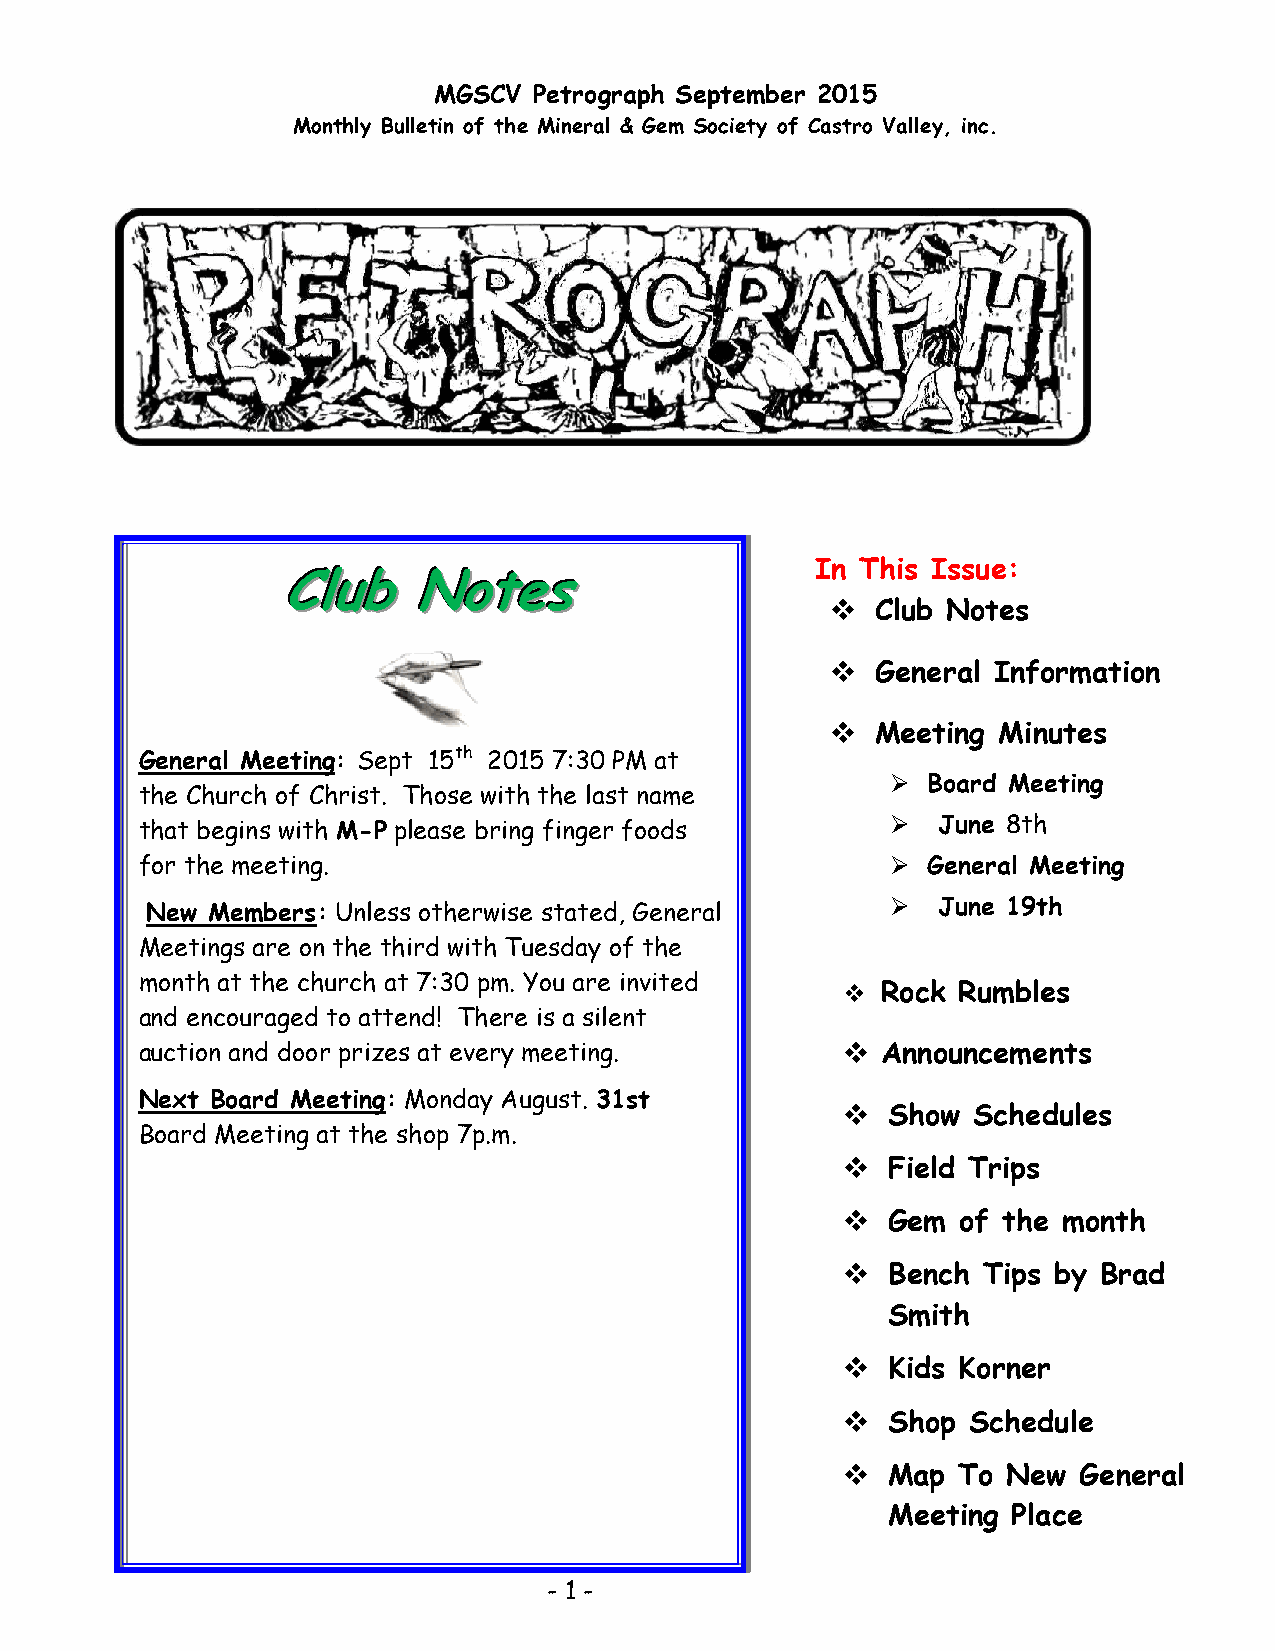
MGSCV Petrograph September 2015
 Monthly Bulletin of the Mineral & Gem Society of Castro Valley, inc.
 In This Issue:
 CCCllluuubbb NNNooottteeesss
   Club Notes
   General Information
   Meeting Minutes
 General Meeting: Sept 15th 2015 7:30 PM at
  Board Meeting
 the Church of Christ. Those with the last name
 that begins with M-P please bring finger foods      June 8th
 for the meeting.                                   General Meeting
 New Members: Unless otherwise stated, G eneral     June 19th
 Meetings are on the third with Tuesday of the
 month at the church at 7:30 pm. You are in vited
  Rock Rumbles
 and encouraged to attend! There is a silent
 auction and door prizes at every meeting.       Announcements
 Next Board Meeting: Monday August. 31st
   Show Schedules
 Board Meeting at the shop 7p.m.
   Field Trips
   Gem  of the month
   Bench Tips by Brad
 Smith
   Kids Korner
   Shop Schedule
   Map To  New General
 Meeting Place
 - 1 -